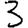
Digit: 3